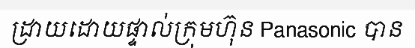
ដ្រាយដោយផ្ទាល់ក្រុមហ៊ុន Panasonic បាន